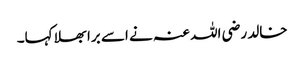
خالد رضی اللہ عنہ نے اسے برا بھلا کہا۔